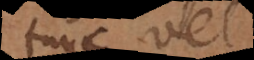
tunc vel